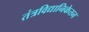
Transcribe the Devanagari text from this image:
तंत्रविद्यानिकेतन